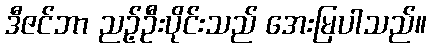
ဒီဇင်ဘာ ညဉ့်ဦးပိုင်းသည် အေးမြပါသည်။